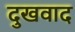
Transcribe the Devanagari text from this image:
दुखवाद